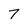
Character: 7